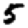
Digit: 5